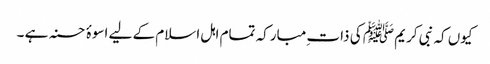
کیوں کہ نبی کریم ﷺ کی ذات ِمبارکہ تمام اہل اسلام کے لیے اسوۂ حسنہ ہے ۔